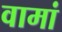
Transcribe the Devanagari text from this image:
वामां